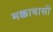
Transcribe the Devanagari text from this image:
मक्कावासी